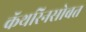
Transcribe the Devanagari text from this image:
कॅथरिनसोबत